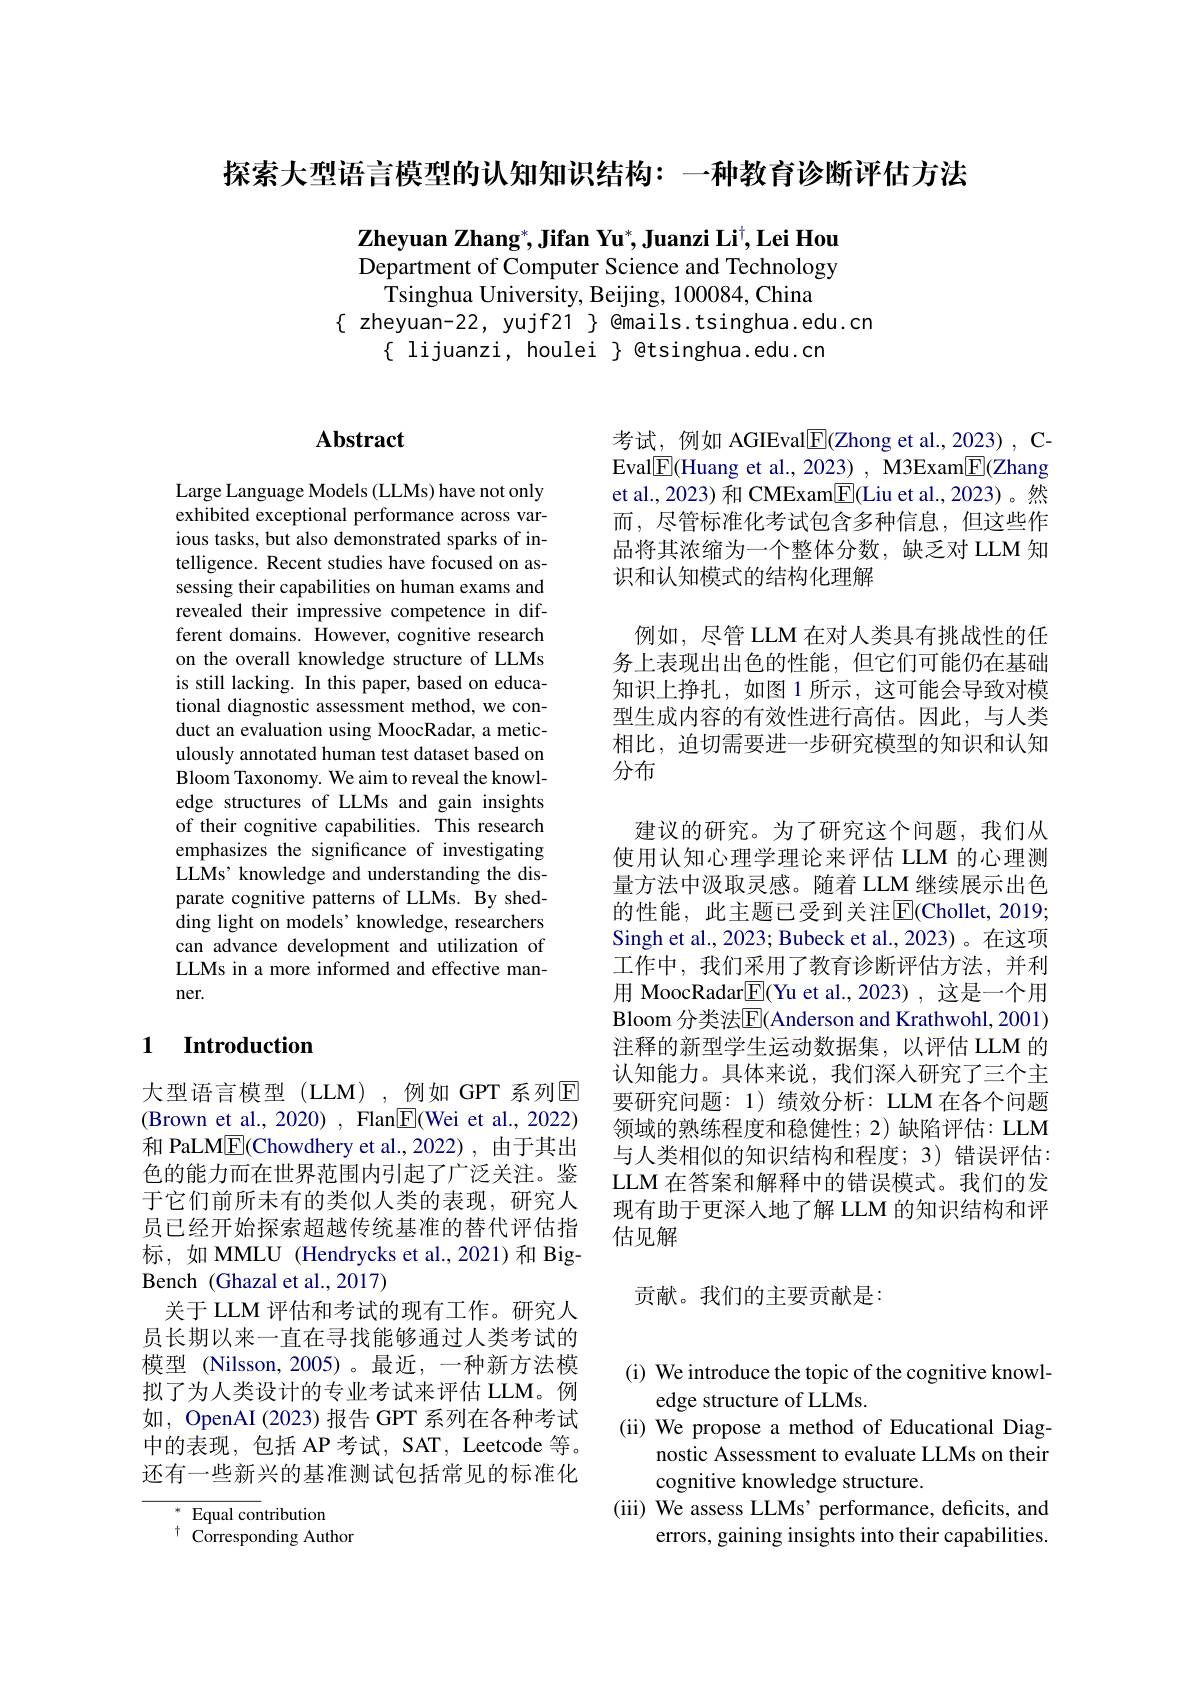
探索大型语言模型的认知知识结构：一种教育诊断评估方法

$\textbf{Zheyuan Zhang}^* , \textbf{Jifan Yu}^* , \textbf{Juanzi Li}^\dagger , \textbf{Lei Hou}$ Department of Computer Science and Technology
Tsinghua University, Beijing, 100084, China
$\{$ zheyuan-22, yujf21 $\}$ @mails.tsinghua.edu.cn
$\{$ lijuanzi, houlei $\}$ @tsinghua.edu.cn

# Abstract

Large Language Models (LLMs) have not only exhibited exceptional performance across various tasks, but also demonstrated sparks of intelligence. Recent studies have focused on assessing their capabilities on human exams and revealed their impressive competence in different domains. However, cognitive research on the overall knowledge structure of LLMs is still lacking. In this paper, based on educational diagnostic assessment method, we conduct an evaluation using MoocRadar, a meticulously annotated human test dataset based on Bloom Taxonomy. We aim to reveal the knowledge structures of LLMs and gain insights of their cognitive capabilities. This research emphasizes the significance of investigating LLMs' knowledge and understanding the disparate cognitive patterns of LLMs. By shedding light on models' knowledge, researchers can advance development and utilization of LLMs in a more informed and effective manner.

### 1 $\textbf{Introduction}$

大型语言模型(LLM),例如GPT系列E (Brown et al., 2020) , Flan$\underline{\mathrm{E}}($Wei et al., 2022) 和 PaLM$\boxed{\mathrm{F}}($Chowdhery et al.,2022), 由于其出色的能力而在世界范围内引起了广泛关注。鉴于它们前所未有的类似人类的表现，研究人员已经开始探索超越传统基准的替代评估指标，如MMLU (Hendrycks et al.,2021)和 BigBench (Ghazal et al., 2017)
关于 LLM 评估和考试的现有工作。研究人员长期以来一直在寻找能够通过人类考试的模型 (Nilsson,2005)。最近，一种新方法模拟了为人类设计的专业考试来评估 LLM。例如，OpenAI (2023) 报告 GPT 系列在各种考试中的表现，包括 AP 考试，SAT, Leetcode 等。还有一些新兴的基准测试包括常见的标准化

$^*$ Equal contribution
$^{\dagger}{\mathrm{~Corresponding~Author}}$

考试，例如 AGIEval$\boxed{\mathrm{F}}($Zhong et al., 2023) , CEval$\boxed{\mathrm{F}}($Huang et al., 2023) , M3Exam$\boxed{\mathrm{E}}($Zhang et al., 2023) 和 CMExam$\boxed{\mathrm{F}}($Liu et al., 2023)。然而，尽管标准化考试包含多种信息，但这些作品将其浓缩为一个整体分数，缺乏对 LLM 知识和认知模式的结构化理解

例如，尽管 LLM 在对人类具有挑战性的任务上表现出出色的性能，但它们可能仍在基础知识上挣扎，如图 1 所示 , 这可能会导致对模型生成内容的有效性进行高估。因此，与人类相比，迫切需要进一步研究模型的知识和认知分布

建议的研究。为了研究这个问题，我们从使用认知心理学理论来评估 LLM 的心理测量方法中汲取灵感。随着 LLM 继续展示出色的性能，此主题已受到关注$\operatorname{E}($Chollet,20193 Singh et al., 2023; Bubeck et al., 2023)。在这项工作中，我们采用了教育诊断评估方法，并利用 MoocRadar$\boxed{\mathrm{E}}($Yu et al.,2023),这是一个用Bloom 分类法$\overline{\mathrm{E}}($Anderson and Krathwohl, 2001) 注释的新型学生运动数据集，以评估 LLM 的认知能力。具体来说，我们深人研究了三个主要研究问题：1)绩效分析：LLM在各个问题领域的熟练程度和稳健性；2)缺陷评估：LLM 与人类相似的知识结构和程度；3)错误评估： LLM 在答案和解释中的错误模式。我们的发现有助于更深人地了解 LLM 的知识结构和评估见解

贡献。我们的主要贡献是：

(i) We introduce the topic of the cognitive knowl-
edge structure of LLMs.
(ii) We propose a method of Educational Diag-
nostic Assessment to evaluate LLMs on their
cognitive knowledge structure.
(iii) We assess LLMs' performance, deficits, and
errors, gaining insights into their capabilities.